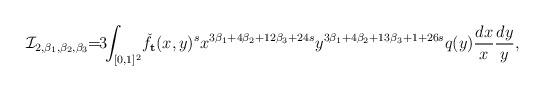
LaTeX: \begin{align*}\mathcal{I}_{2,\beta_1,\beta_2,\beta_3}\!\!=\!\!3\!\!\int_{[0,1]^2}\! \check{f}_{\mathbf{t}}(x,y)^s x^{3\beta_1+4\beta_2+12\beta_3+24s} y^{3\beta_1+4\beta_2+13\beta_3+1+26s} q(y) \frac{dx}{x}\frac{dy}{y},\end{align*}